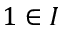
1 \in I